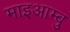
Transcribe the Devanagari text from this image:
माइआम्बु